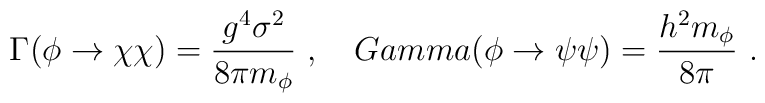
\Gamma ( \phi \to \chi \chi) =  { g^4 \sigma^2\over 8\pi m_{\phi}}\  , \ \ \ \ \\Gamma( \phi \to \psi \psi )  =  { h^2 m_{\phi}\over 8 \pi}\ .